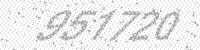
Solution: 957720